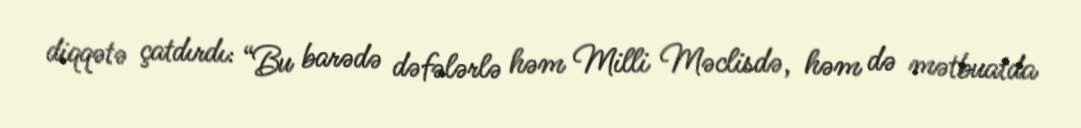
diqqətə çatdırdı: “Bu barədə dəfələrlə həm Milli Məclisdə, həm də mətbuatda